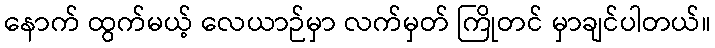
နောက် ထွက်မယ့် လေယာဉ်မှာ လက်မှတ် ကြိုတင် မှာချင်ပါတယ်။